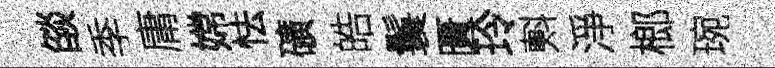
燄季庸嫦怯礦皓鬟匱玲㪺淨榔琬